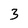
Character: 3